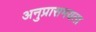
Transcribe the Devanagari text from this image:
अनुप्रासमयता